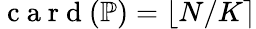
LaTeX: \mathrm{~c~a~r~d~}(\mathbb{P})=\lfloor N/K\rceil